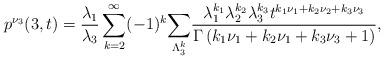
LaTeX: \begin{align*}p^{\nu_3}(3,t)=\frac{\lambda_1}{\lambda_3}\sum_{k=2}^{\infty}(-1)^k\underset{\Lambda^{k}_{3}}{\sum}\frac{\lambda_1^{k_1}\lambda_2^{k_2}\lambda_3^{k_3}t^{k_1\nu_1+k_2\nu_2+k_3\nu_3}}{\Gamma\left(k_1\nu_1+k_2\nu_1+k_3\nu_3+1\right)},\end{align*}